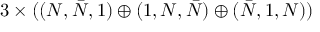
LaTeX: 3 \times ( ( N , \bar { N } , 1 ) \oplus ( 1 , N , \bar { N } ) \oplus ( \bar { N } , 1 , N ) )